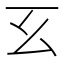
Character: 𢆰